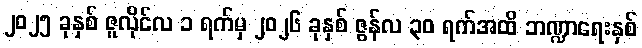
၂၀၂၅ ခုနှစ် ဇူလိုင်လ ၁ ရက်မှ ၂၀၂၆ ခုနှစ် ဇွန်လ ၃၀ ရက်အထိ ဘဏ္ဍာရေးနှစ်